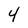
Character: 4